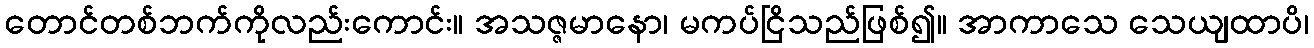
တောင်တစ်ဘက်ကိုလည်းကောင်း။ အသဇ္ဇမာနော၊ မကပ်ငြိသည်ဖြစ်၍။ အာကာသေ သေယျထာပိ၊